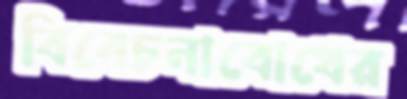
বিবেচনাবোধের